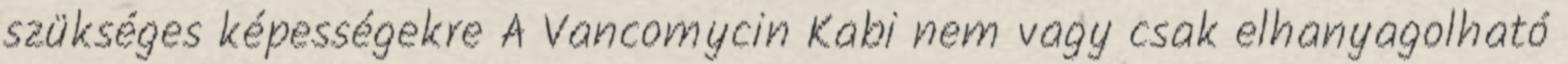
szükséges képességekre A Vancomycin Kabi nem vagy csak elhanyagolható